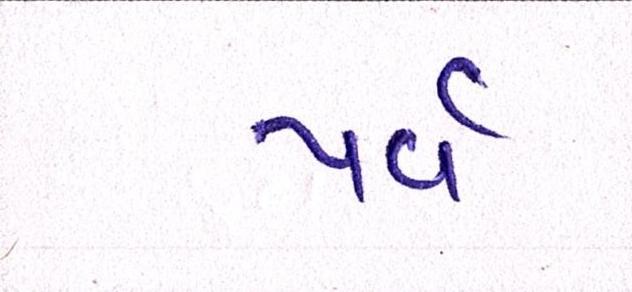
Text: પર્વ